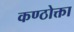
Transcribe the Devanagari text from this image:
कण्ठोक्ता